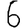
Digit: 6